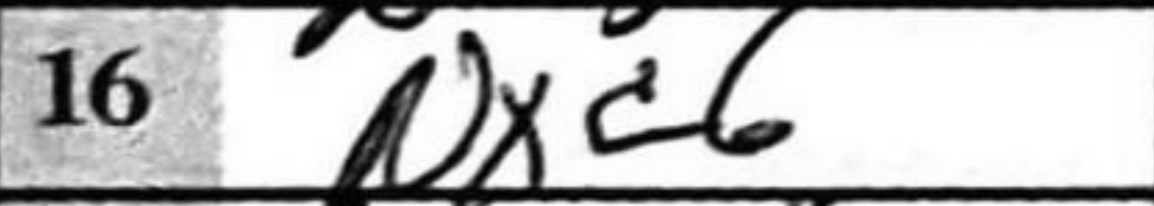
Transcription: Nxc6